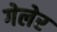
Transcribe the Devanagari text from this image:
गेलेर